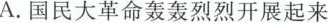
A.国民大革命轰轰烈烈开展起来